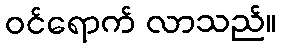
ဝင်ရောက် လာသည်။